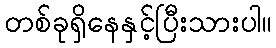
တစ်ခုရှိနေနှင့်ပြီးသားပါ။